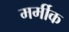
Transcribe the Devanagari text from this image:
मर्मीक